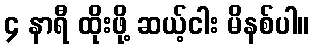
၄ နာရီ ထိုးဖို့ ဆယ့်ငါး မိနစ်ပါ။